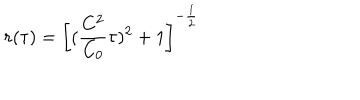
r ( \tau ) = \left[ ( \frac { C ^ { 2 } } { C _ { 0 } } \tau ) ^ { 2 } + 1 \right] ^ { - \frac { 1 } { 2 } }